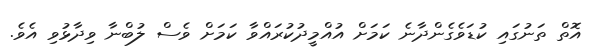
އޮތް ތަނުގައި ކުޑަވެގެންދާނެ ކަމަށް އުއްމީދުކުރައްވާ ކަމަށް ވެސް ލުބްނާ ވިދާޅުވި އެވެ.